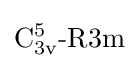
\mathrm {C_{3v}^{5}{\mbox{-}}R3m}